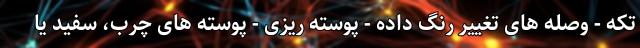
تکه - وصله های تغییر رنگ داده - پوسته ریزی - پوسته های چرب، سفید یا